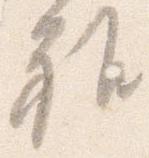
雅